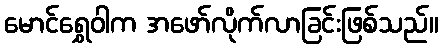
မောင်ရွှေဝါက အဖော်လိုက်လာခြင်းဖြစ်သည်။